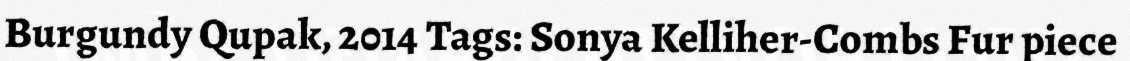
Burgundy Qupak, 2014 Tags: Sonya Kelliher-Combs Fur piece